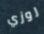
روزي